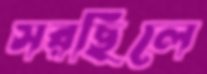
সরছিলে